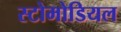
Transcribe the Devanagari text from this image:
स्टोमोडियल